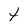
Character: T